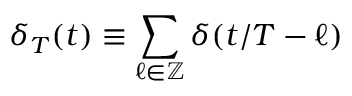
\delta _ { T } ( t ) \equiv \sum _ { \ell \in \mathbb { Z } } \delta ( t / T - \ell )